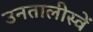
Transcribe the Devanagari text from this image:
उनतालीस्वें